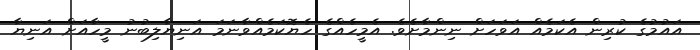
އައުމުގެ ކުރިން އެކަމެއް އަވަހަށް ނިންމާށެވެ. އެމީހެއްގެ ހެޔޮކަމެއްވާނަމަ އަނިޔާލިބުނު މީހާއަށް އަނިޔާ